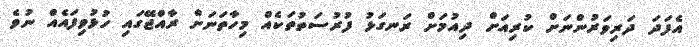
އެފަދަ ދަރިވަރުންނަށް ކުރިއަށް ދިއުމަށް ރަނގަޅު ފުރުސަތުތަކެއް މިހާތަނަށް ރާއްޖޭގައި ހުޅުވިފައެއް ނުވެ